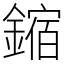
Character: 鏥